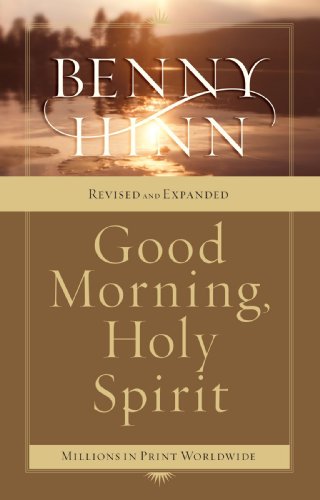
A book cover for Good Morning, Holy Spirit; Benny Hinn; Christian Books & Bibles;